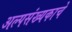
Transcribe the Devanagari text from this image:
अल्पसंख्यकाचे